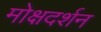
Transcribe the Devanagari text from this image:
मोक्षदर्शन